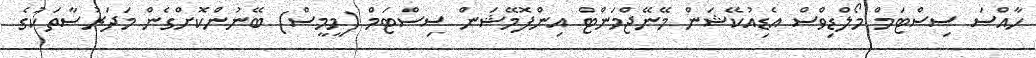
ހާއްސަ ސިސްޓަމް މޯލްޑިވްސް އެޑިއުކޭޝަން މޭނޭޖްމަންޓް އިންފޮމޭޝަން ސިސްޓަމް (މީމީސް) ބޭނުންކޮށްގެން މަދަރުސާތަކުގެ